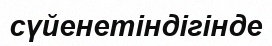
сүйенетіндігінде